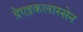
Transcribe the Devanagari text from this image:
द्रेएइकलास्सेन